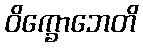
ဝိက္ခောဘေတိ